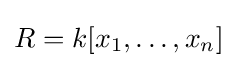
R=k[x_{1},\dotsc ,x_{n}]